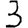
Digit: 3